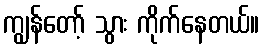
ကျွန်တော့် သွား ကိုက်နေတယ်။